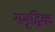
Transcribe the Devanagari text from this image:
समृद्धिक